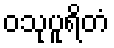
ဝသုပူရိတံ